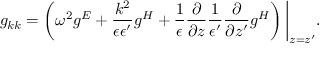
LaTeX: g _ { k k } = \left( \omega ^ { 2 } g ^ { E } + { \frac { k ^ { 2 } } { \epsilon \epsilon ^ { \prime } } } g ^ { H } + { \frac { 1 } { \epsilon } } { \frac { \partial } { \partial z } } { \frac { 1 } { \epsilon ^ { \prime } } } { \frac { \partial } { \partial z ^ { \prime } } } g ^ { H } \right) \bigg | _ { z = z ^ { \prime } } .